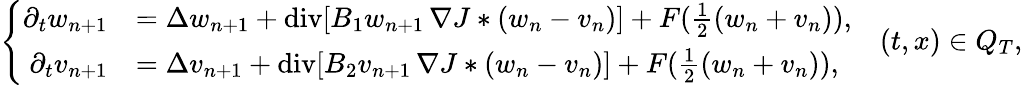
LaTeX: \left\lbrace\begin{array}{rl}{\partial_{t}w_{n+1}}&{=\Delta w_{n+1}+\mathrm{div}[B_{1}w_{n+1}\, \nabla J*(w_{n}-v_{n})]+F(\frac{1}{2}(w_{n}+v_{n})),}\\ {\partial_{t}v_{n+1}}&{=\Delta v_{n+1}+\mathrm{div}[B_{2}v_{n+1}\, \nabla J*(w_{n}-v_{n})]+F(\frac{1}{2}(w_{n}+v_{n})),}\end{array}\right.\quad(t,x)\in Q_{T},